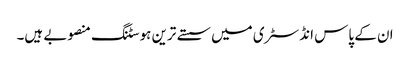
ان کے پاس انڈسٹری میں سستے ترین ہوسٹنگ منصوبے ہیں۔